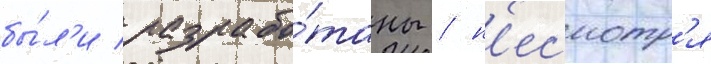
бы́л'и разрабо́таны / н'есмотр'я